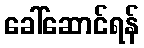
ခေါ်ဆောင်ရန်